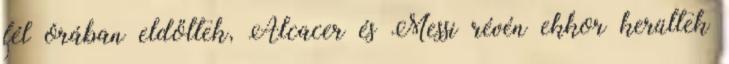
fél órában eldőltek, Alcacer és Messi révén ekkor kerültek